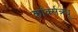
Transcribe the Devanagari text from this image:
कॉर्क्सक्र्यू